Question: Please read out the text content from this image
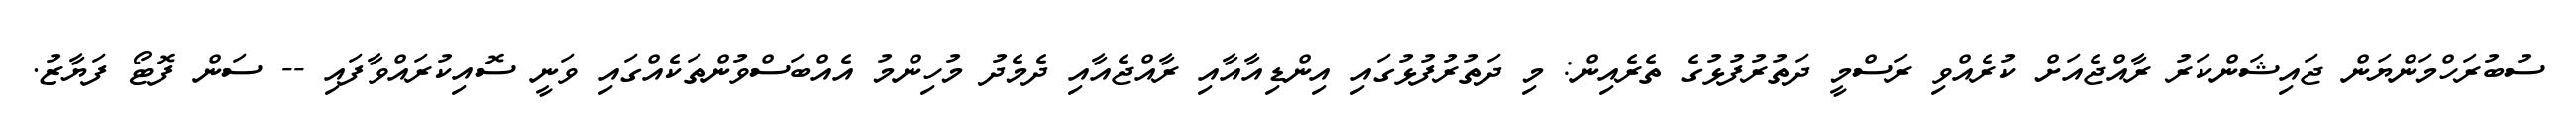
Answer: ސުބުރަހްމަންޔަން ޖައިޝަންކަރު ރާއްޖެއަށް ކުރެއްވި ރަސްމީ ދަތުރުފުޅުގެ ތެރެއިން: މި ދަތުރުފުޅުގައި އިންޑިއާއާއި ރާއްޖެއާއި ދެމެދު މުހިންމު އެއްބަސްވުންތަކެއްގައި ވަނީ ސޮއިކުރައްވާފައި -- ސަން ފޮޓޯ ފަޔާޒު.